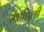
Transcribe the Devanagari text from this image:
स्‍वाहिली